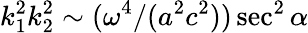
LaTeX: k_{1}^{2}k_{2}^{2}\sim(\omega^{4}/(a^{2}c^{2}))\sec^{2}\alpha